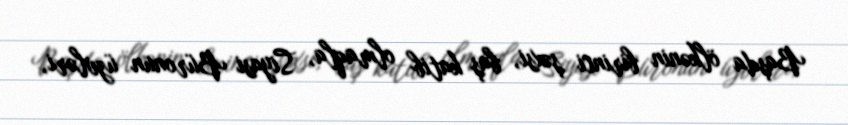
Başda ölkənin birinci şəxsi, baş katib olmaqla, Siyasi Büronun üzvləri,